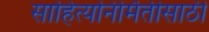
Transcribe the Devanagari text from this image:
साहित्यनिर्मितीसाठी